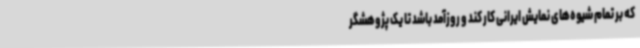
که بر تمام شیوه‌های نمایش ایرانی کار کند و روزآمد باشد تا یک پژوهشگر